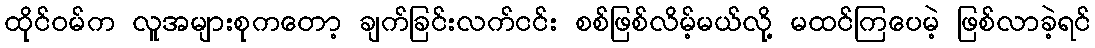
ထိုင်ဝမ်က လူအများစုကတော့ ချက်ခြင်းလက်ငင်း စစ်ဖြစ်လိမ့်မယ်လို့ မထင်ကြပေမဲ့ ဖြစ်လာခဲ့ရင်